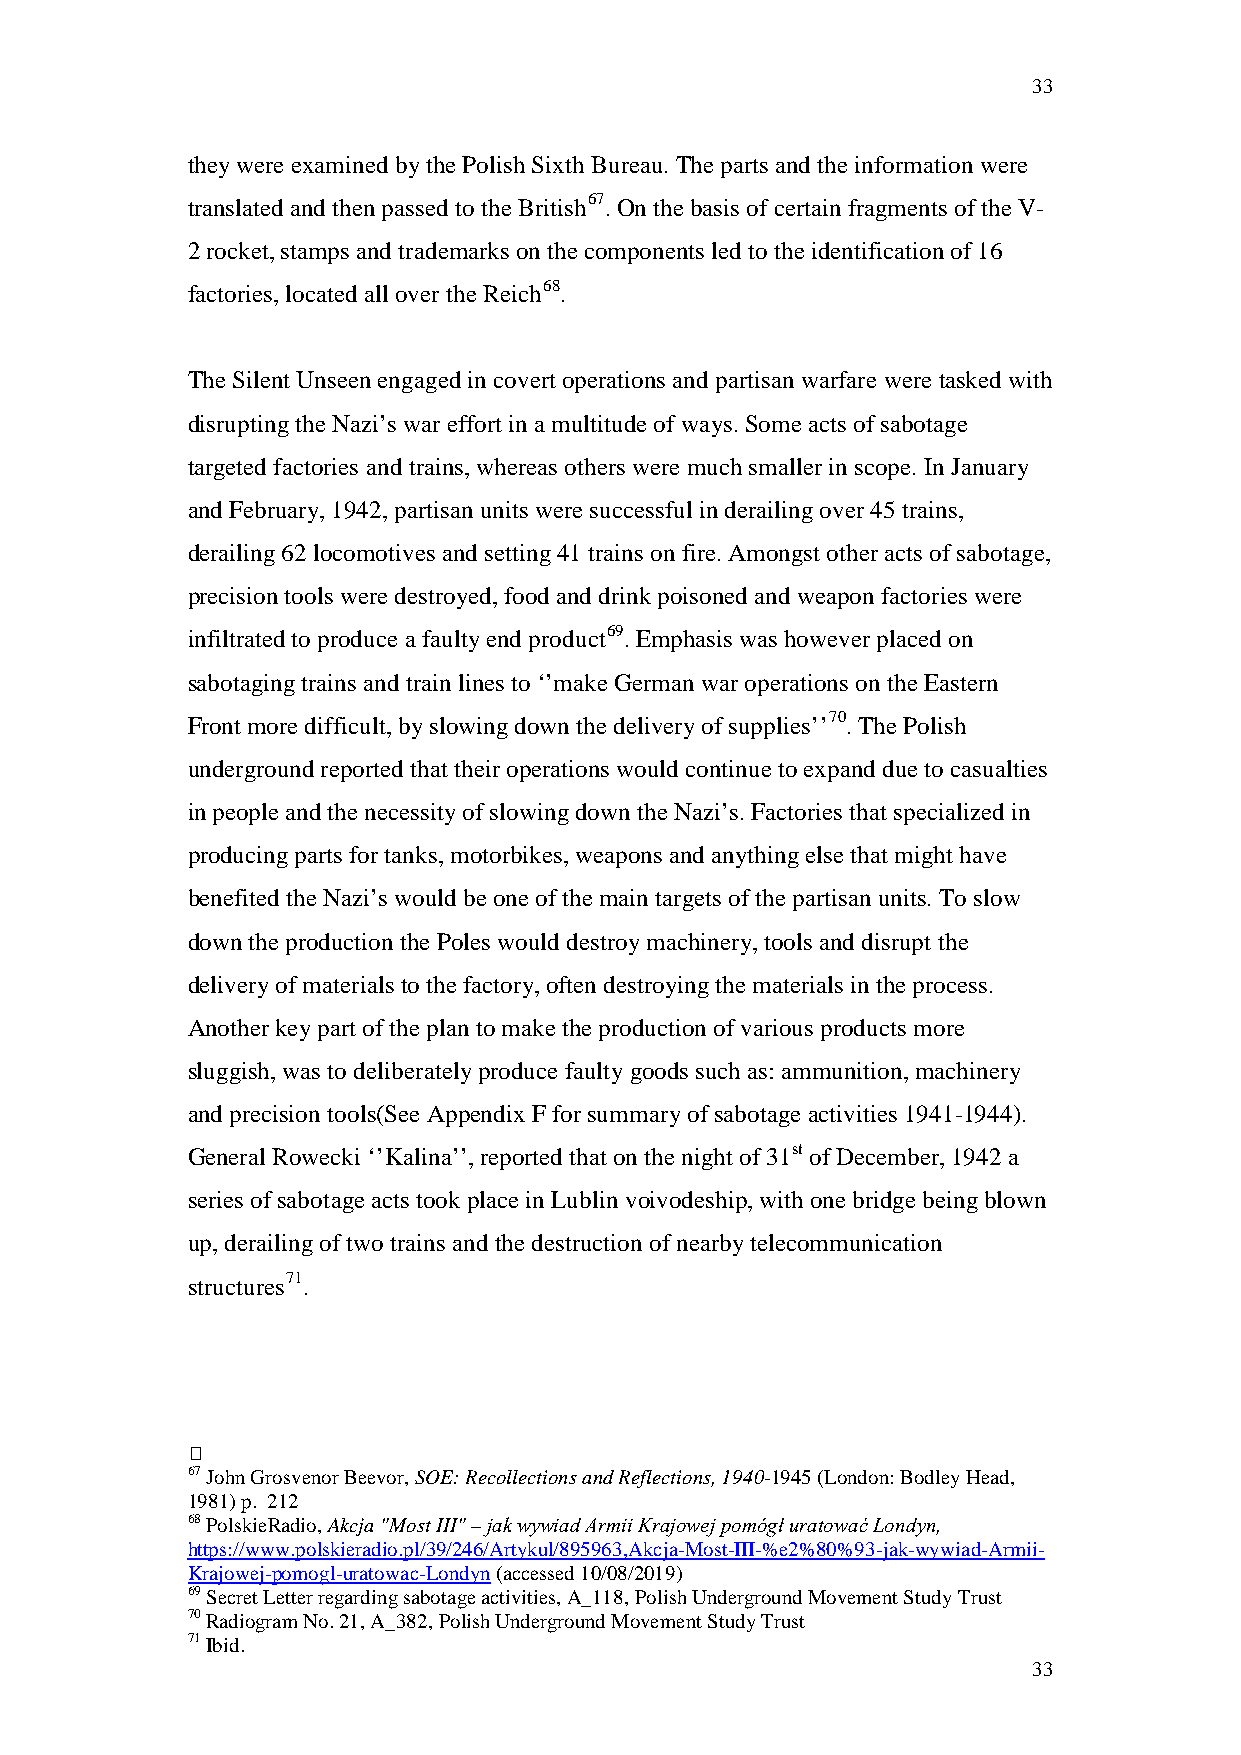
33
 they were examined by the Polish Sixth Bureau. The parts and the information were
 translated and then passed to the British67. On the basis of certain fragments of the V-
 2 rocket, stamps and trademarks on the components led to the identification of 16
 factories, located all over the Reich68.
 The Silent Unseen engaged in covert operations and partisan warfare were tasked with
 disrupting the Nazi’s war effort in a multitude of ways. Some acts of sabotage
 targeted factories and trains, whereas others were much smaller in scope. In January
 and February, 1942, partisan units were successful in derailing over 45 trains,
 derailing 62 locomotives and setting 41 trains on fire. Amongst other acts of sabotage,
 precision tools were destroyed, food and drink poisoned and weapon factories were
 infiltrated to produce a faulty end product69. Emphasis was however placed on
 sabotaging trains and train lines to ‘’make German war operations on the Eastern
 Front more difficult, by slowing down the delivery of supplies’’70. The Polish
 underground reported that their operations would continue to expand due to casualties
 in people and the necessity of slowing down the Nazi’s. Factories that specialized in
 producing parts for tanks, motorbikes, weapons and anything else that might have
 benefited the Nazi’s would be one of the main targets of the partisan units. To slow
 down the production the Poles would destroy machinery, tools and disrupt the
 delivery of materials to the factory, often destroying the materials in the process.
 Another key part of the plan to make the production of various products more
 sluggish, was to deliberately produce faulty goods such as: ammunition, machinery
 and precision tools(See Appendix F for summary of sabotage activities 1941-1944).
 General Rowecki ‘’Kalina’’, reported that on the night of 31st of December, 1942 a
 series of sabotage acts took place in Lublin voivodeship, with one bridge being blown
 up, derailing of two trains and the destruction of nearby telecommunication
 structures71.
 
 67 John Grosvenor Beevor, SOE: Recollections and Reflections, 1940-1945 (London: Bodley Head,
 1981) p. 212
 68 PolskieRadio, Akcja "Most III" – jak wywiad Armii Krajowej pomógł uratować Londyn,
 https://www.polskieradio.pl/39/246/Artykul/895963,Akcja-Most-III-%e2%80%93-jak-wywiad-Armii-
 Krajowej-pomogl-uratowac-Londyn (accessed 10/08/2019)
 69 Secret Letter regarding sabotage activities, A_118, Polish Underground Movement Study Trust
 70 Radiogram No. 21, A_382, Polish Underground Movement Study Trust
 71 Ibid.
 33